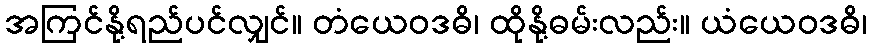
အကြင်နို့ရည်ပင်လျှင်။ တံယေဝဒဓိ၊ ထိုနို့ဓမ်းလည်း။ ယံယေဝဒဓိ၊